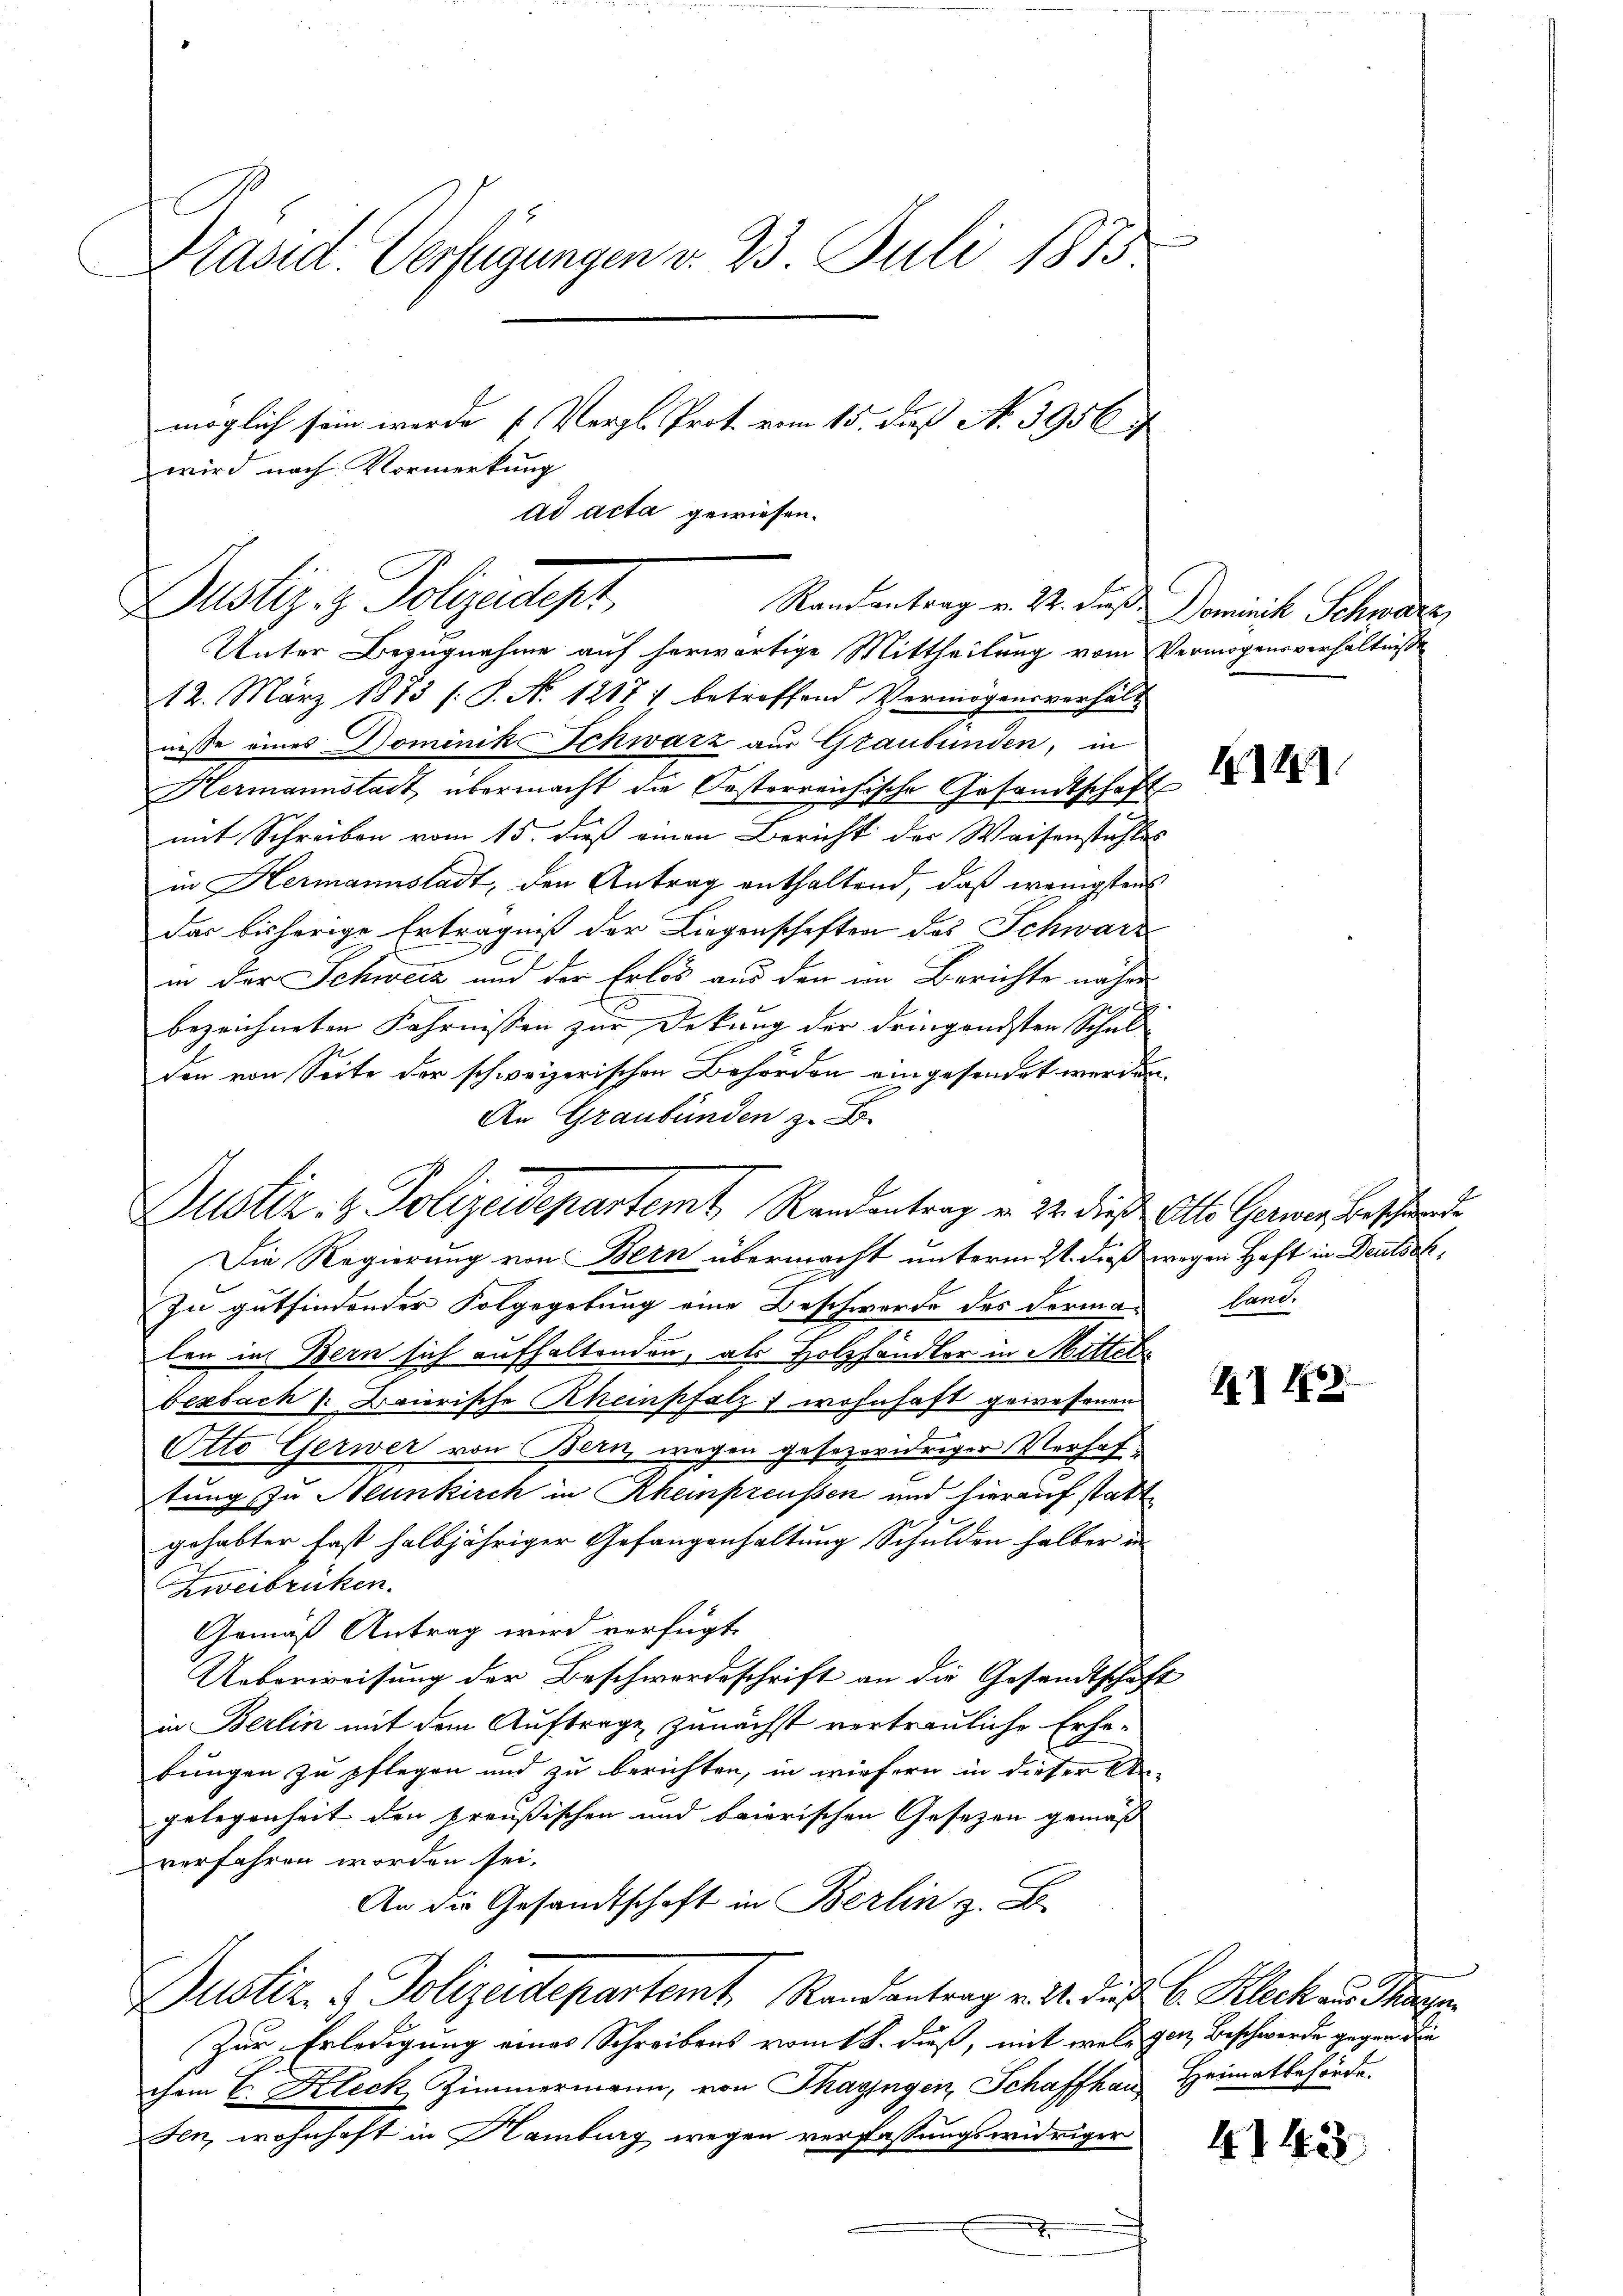
Präsid. Verfügungen v. 23 Juli 1875.
möglich sein werde (Vergl. Prot vom 15. daß A. 3956. 7
wird nach Vormerkung
ad acta gewiesen.

Dustiz- & Polizeidept,

Justiz- & Polizeidepartemt, Randentrag v. 22. dieß. Alte Gerner Beschiede

Unter Bezugnahme auf herwärtige Mittheilung vom Vermögensverhältnisse
12. März 1873 s. S. N. 12171 betreffend Vermögensverhält
nisse eines Dominik Schwarz aus Graubünden, in
Hermannstadt übermacht die Oesterreichische Gesamtschaft
mit Schreiben vom 15. dieß einen Bericht der Waisenstahles
in Hermannstadt, den Antrag enthaltend, daß wenigsten
das bisherige Erträgniß der Liegenschaften des Schwarz
in der Schweiz und der Erlös aus den im Berichte näher
bezeichneten Fahrnissen zur Deckung der dringendsten Schul
don von Seite der schweizerischen Behörden eingesendet werden.
An Graubünden zu
Die Regierung von Bern übermacht unterm 21. dieß wegen Haft in Deutsch¬
In gutfindender Folgegebung eine Beschwerde des Formen land.
len in Bern sich aufhaltenden, als Holzhändler in Mittel
bezbach s. Baierische Rheinpfalz wohnhaft gewesenen
Otto Gerwer von Bern, wegen gesezwidriger Verhaftung zu Neunkirch in Rheinpreussen und hierauf statt
gehabter fast halbjähriger Gefangenhaltung, Schulden halber in
Zweibrüken.
Gemäß Antrag wird verfügt:
Ueberweisung der Beschwerdeschrift an die Gesandtschaft
in Berlin mit dem Auftrage zunächst vertrauliche Erhebungen zu pflegen und zu berichten, in wiefern in dieser An-
gelegenheit den Preußischen und baierischen Gesetzen gemäß
verfahren worden sei.
An die Gesandtschaft in Berlin z. B.
Justiz- & Polizeidepartemt, Randantrag v. M. das b. Kleck aus Piper.
Zur Erledigung eines Schreibens vom 18. dieß, mit will gen Beschwerde gegen die
chem E. Kleck, Zimmermann, von Thagingen, Schaffhau Heimatbehörde.
Fen, wohnhaft in Hamburg wegen verfassungswidriger

Randantrag v. 22. dieß Dominik Schwarze

4

2 40

4142